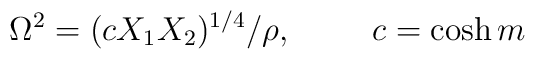
\Omega^2 = ( c   X_1 X_2 )^{1/4} / \rho, \hspace{1cm} c = \cosh m